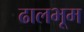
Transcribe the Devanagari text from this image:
ढालभूम